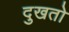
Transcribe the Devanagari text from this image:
दुखतो